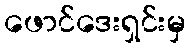
ဖောင်ဒေးရှင်းမှ